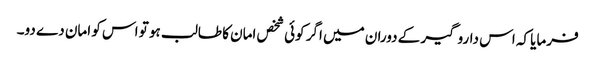
فرمایا کہ اس داروگیر کے دوران میں اگر کوئی شخص امان کا طالب ہو تو اس کو امان دے دو۔